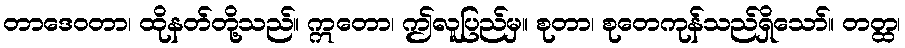
တာဒေဝတာ၊ ထိုနတ်တို့သည်။ ဣတော၊ ဤလူပြည်မှ။ စုတာ၊ စုတေကုန်သည်ရှိသော်။ တတ္ထ၊